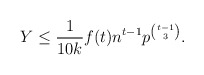
\begin{align*} Y\le \frac{1}{10k} f(t) n^{t-1} p^{\binom{t-1}{3}}.\end{align*}